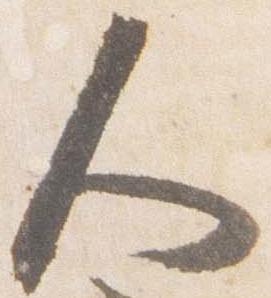
人